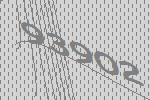
93902